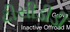
ટીસીડીડી